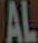
AL